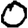
Digit: 0